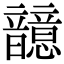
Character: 䪰